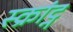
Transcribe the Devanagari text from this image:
स्क्रांट्न